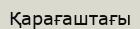
Қарағаштағы